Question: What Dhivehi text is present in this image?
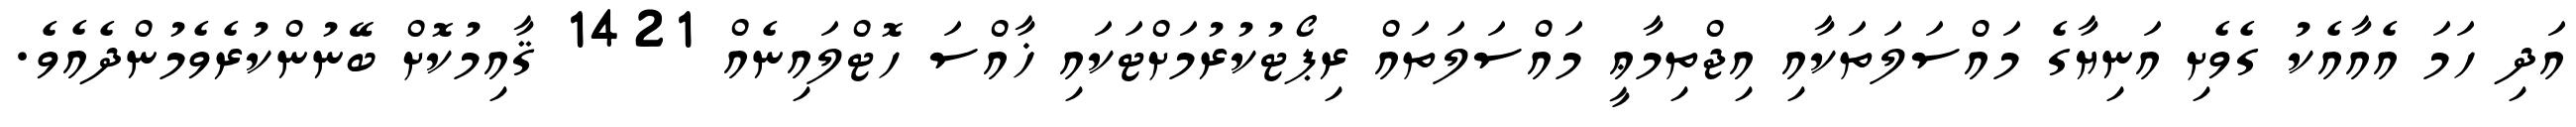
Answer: އަދި ހަމަ އެއާއެކު ގެވެށި އަނިޔާގެ މައްސަލަތަކާއި އިޖްތިމާޢީ މައްސަލަތައް ރިޕޯޓުކުރުމަށްޓަކައި ޚާއްސަ ހޮޓްލައިނެއް 1421 ޤާއިމުކޮށް ބޭނުންކުރެވެމުންދެއެވެ.